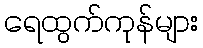
ရေထွက်ကုန်များ